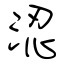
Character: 涊